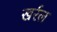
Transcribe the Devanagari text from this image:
खर्रल